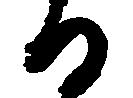
る